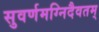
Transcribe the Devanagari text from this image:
सुवर्णमग्निदैवतम्